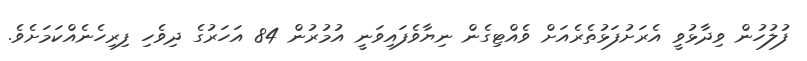
ފުލުހުން ވިދާޅުވީ އެރަށުފަޅުތެރެއަށް ވެއްޓިގެން ނިޔާވެފައިވަނީ އުމުރުން 84 އަހަރުގެ ދިވެހި ފިރިހެނެއްކަމަށެވެ.